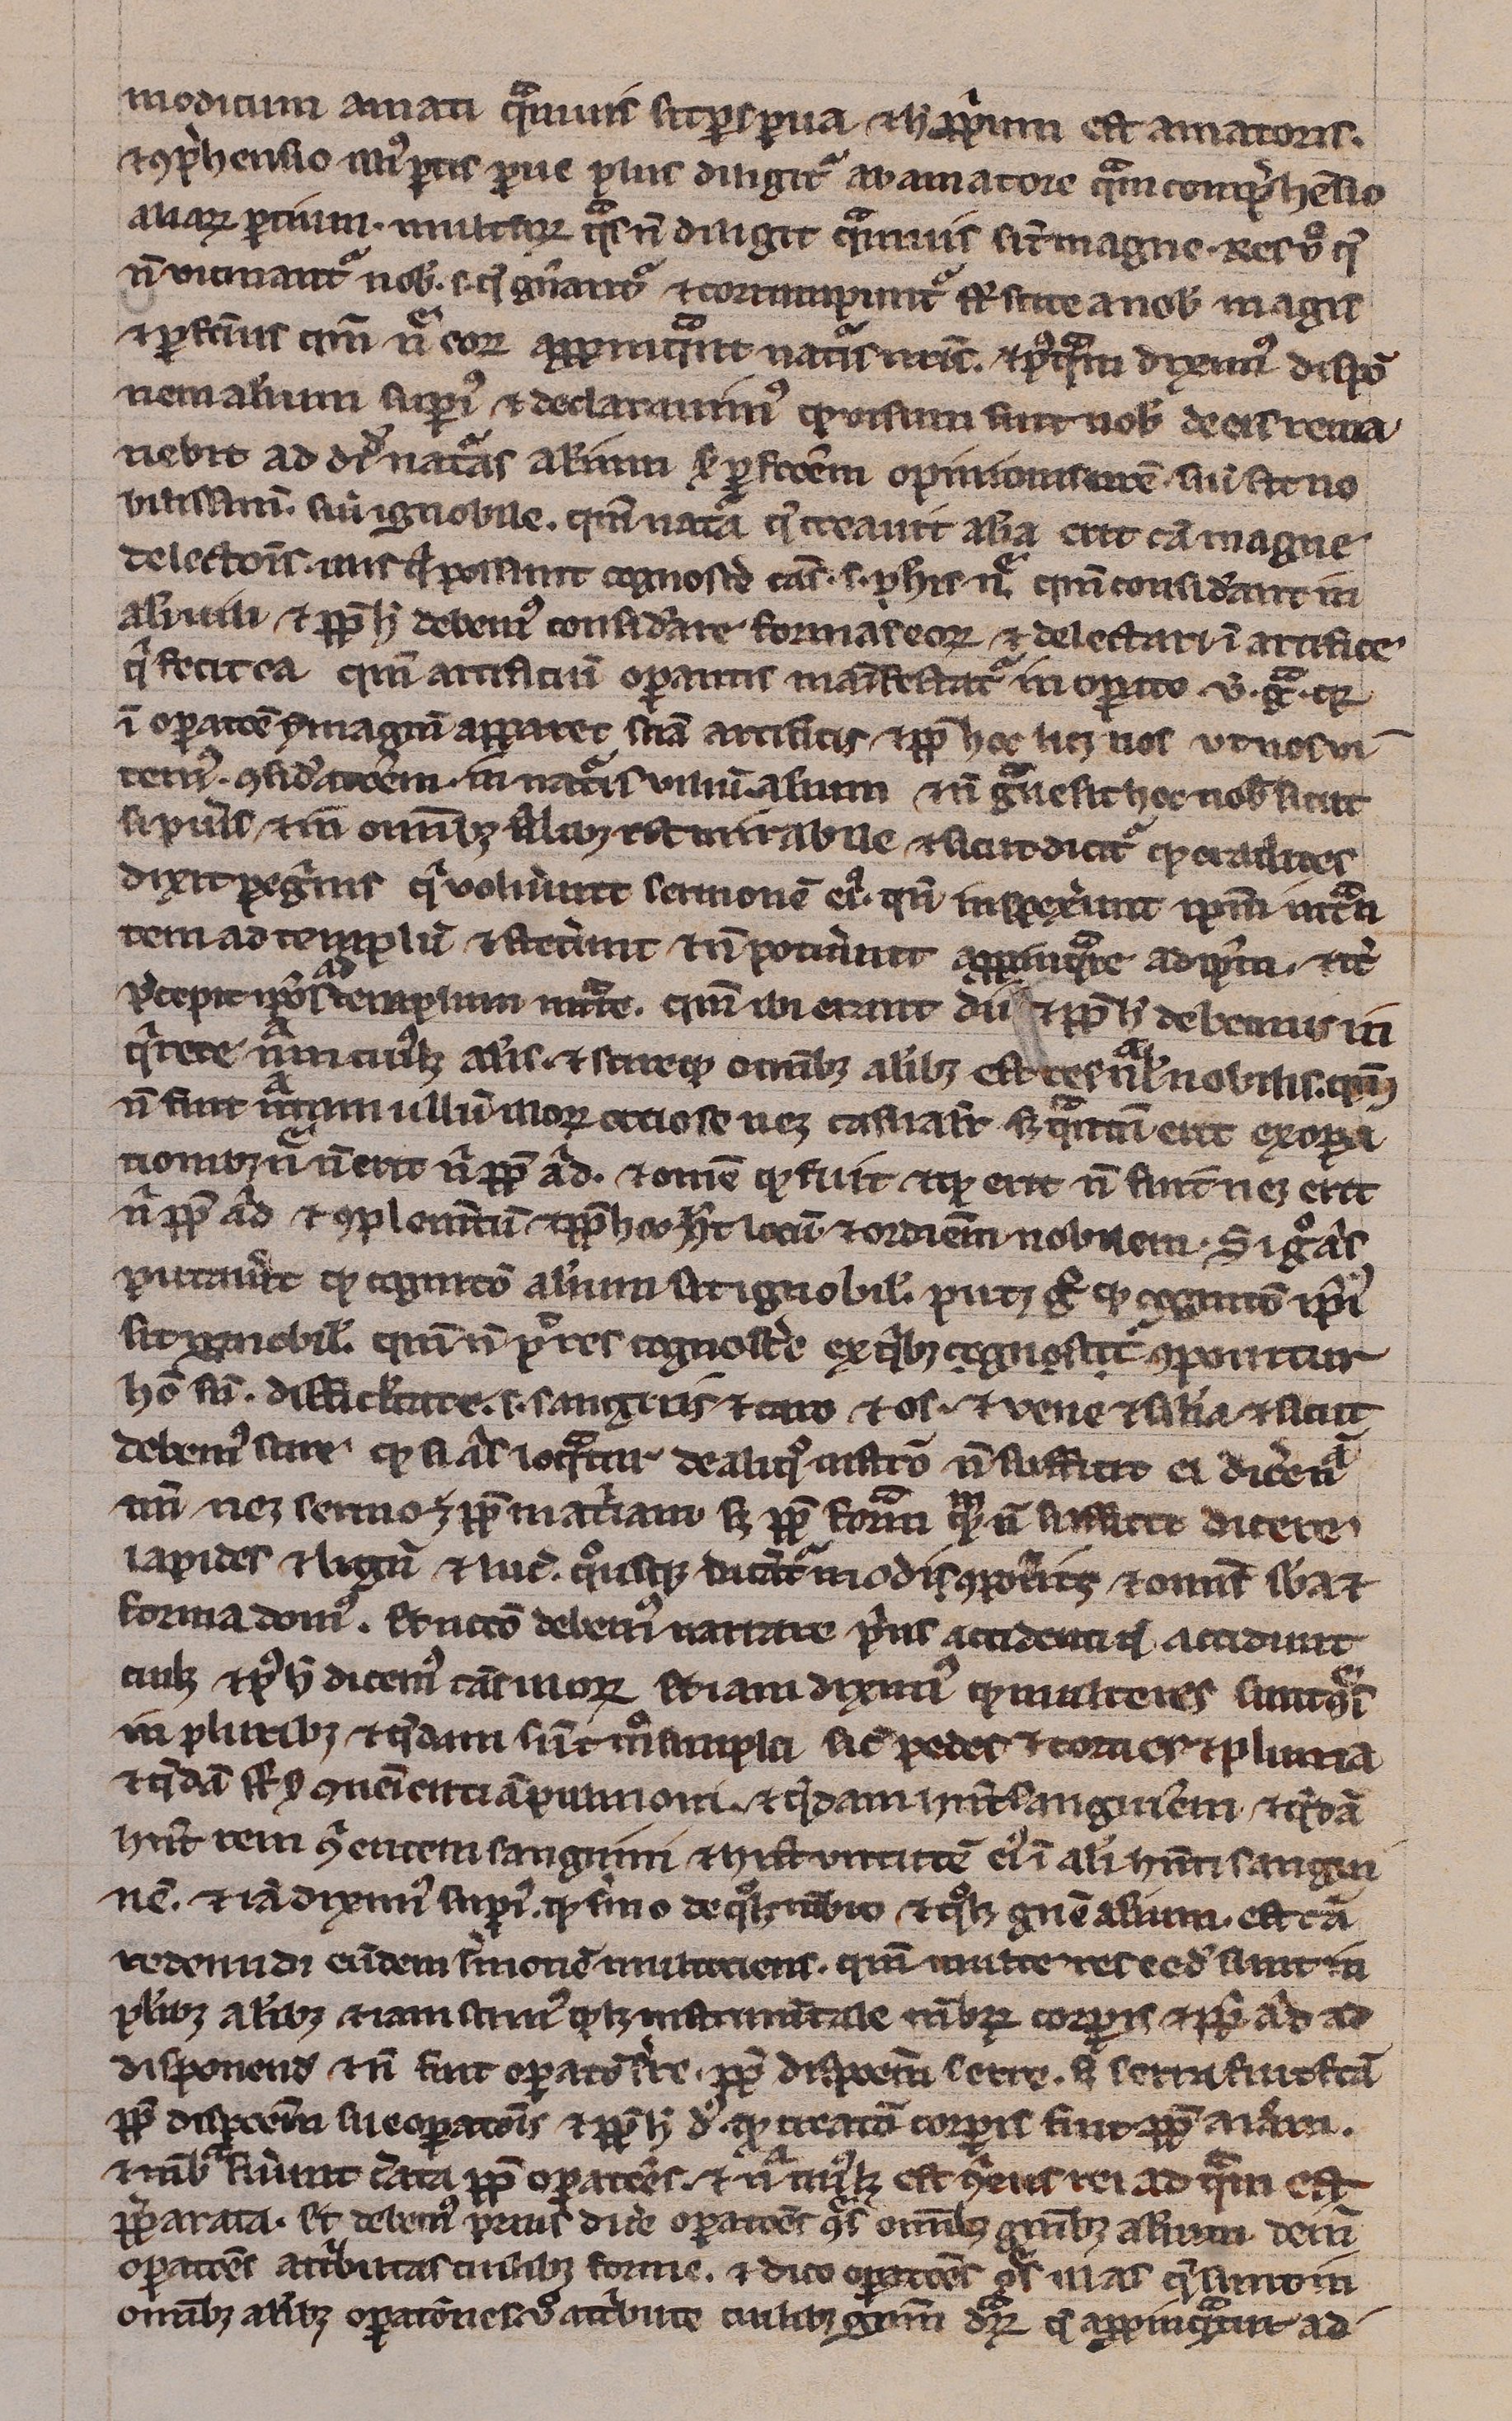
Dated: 1200–1299